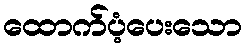
ထောက်ပံ့ပေးသော